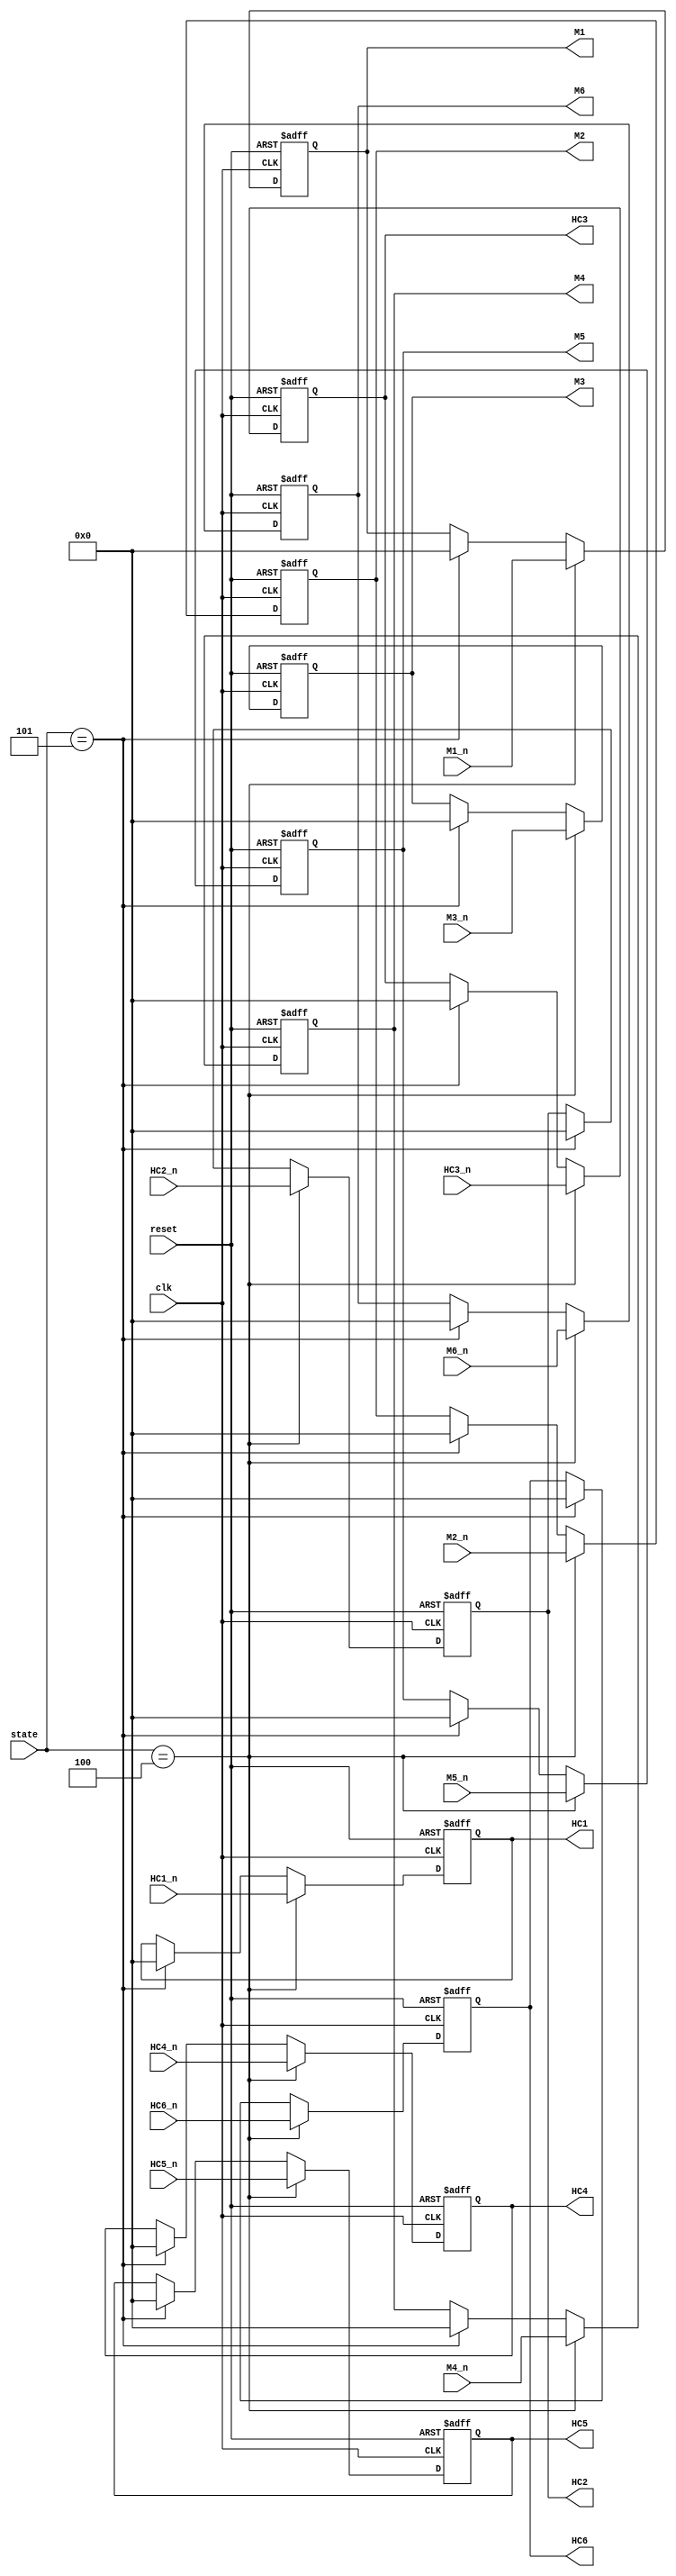
`timescale 1ns/10ps


module encodemem (clk,reset,state,HC1_n,HC2_n,HC3_n,HC4_n,HC5_n,HC6_n,M1_n,M2_n,M3_n,M4_n,M5_n,M6_n, HC1, HC2, HC3, HC4, HC5, HC6,M1,M2,M3,M4,M5,M6);
	
	parameter	decode = 3'd4,
				codev = 3'd5;
	input 	clk,
			reset;
	input	[2:0] 	state;
	input 	[7:0]	HC1_n,HC2_n,HC3_n,HC4_n,HC5_n,HC6_n;
	input 	[7:0]	M1_n,M2_n,M3_n,M4_n,M5_n,M6_n;
	output 	[7:0] 	HC1, HC2, HC3, HC4, HC5, HC6;
	output 	[7:0] 	M1, M2, M3, M4, M5, M6;
	reg 	[7:0]	HC1,HC2,HC3,HC4,HC5,HC6;
	reg 	[7:0]	M1,M2,M3,M4,M5,M6;	

	
	
	always @ (posedge clk or posedge reset)
	begin
		if(reset)
		begin
			HC1<=8'b00000000;
			HC2<=8'b00000000;
			HC3<=8'b00000000;
			HC4<=8'b00000000;
			HC5<=8'b00000000;
			HC6<=8'b00000000;
			M1<=8'b00000000;
			M2<=8'b00000000;
			M3<=8'b00000000;
			M4<=8'b00000000;
			M5<=8'b00000000;
			M6<=8'b00000000;
		end
		else
		begin
			if(state == decode)
			begin
				HC1	<=	HC1_n;
				HC2	<=	HC2_n;
				HC3	<=	HC3_n;
				HC4	<=	HC4_n;
				HC5	<=	HC5_n;
				HC6	<=	HC6_n;
				M1	<=	M1_n;
				M2	<=	M2_n;
				M3	<=	M3_n;
				M4	<=	M4_n;
				M5	<=	M5_n;
				M6	<=	M6_n;
			end
			else if (state == codev)
			begin
				HC1	<=	8'b00000000;
				HC2	<=	8'b00000000;
				HC3	<=	8'b00000000;
				HC4	<=	8'b00000000;
				HC5	<=	8'b00000000;
				HC6	<=	8'b00000000;
				M1	<=	8'b00000000;
				M2	<=	8'b00000000;
				M3	<=	8'b00000000;
				M4	<=	8'b00000000;
				M5	<=	8'b00000000;
				M6	<=	8'b00000000;
			end
		end
	end
endmodule